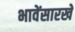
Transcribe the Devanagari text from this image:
भावेंसारखे